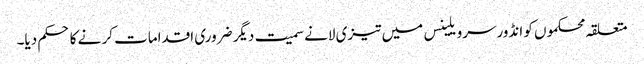
متعلقہ محکموں کو انڈورسرویلینس میں تیزی لانے سمیت دیگر ضروری اقدامات کر نے کا حکم دیا۔